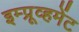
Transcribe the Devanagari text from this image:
इम्प्रूव्हमेंट